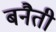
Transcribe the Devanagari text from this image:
बनैती